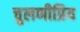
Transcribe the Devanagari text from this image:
चुलणीप्रिय